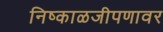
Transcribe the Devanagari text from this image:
निष्काळजीपणावर